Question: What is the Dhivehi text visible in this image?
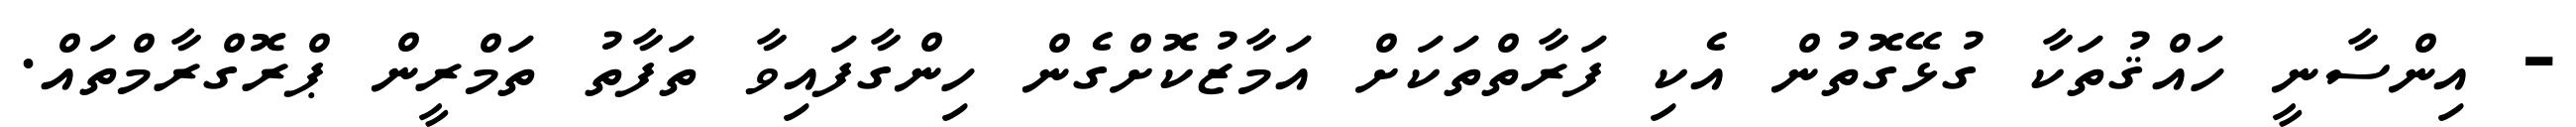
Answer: - އިންސާނީ ހައްޤުތަކާ ގުޅޭގޮތުން އެކި ފަރާތްތަކަށް އަމާޒުކޮށްގެން ހިންގާފައިވާ ތަފާތު ތަމްރީން ޕްރޮގްރާމްތައް.